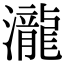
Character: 瀧